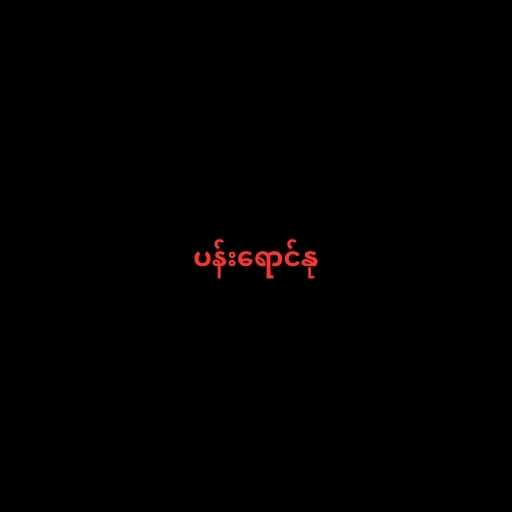
ပန်းရောင်နု